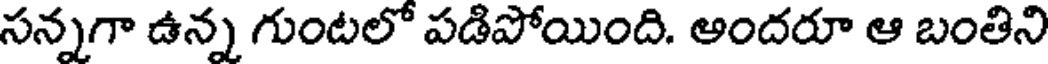
సన్నగా ఉన్న గుంటలో పడిపోయింది. ఆందరూ ఆ బంతిని